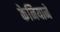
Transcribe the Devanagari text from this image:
केनियाने